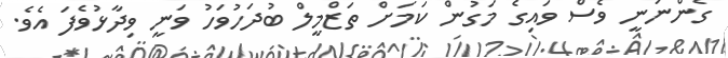
ގެންނަނީ ވެސް ވައިގެ މަގުން ކަމަށް ތަޒްމީލް ބުދަހުވަހު ވަނީ ވިދާޅުވެފަ އެވެ.